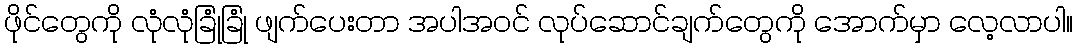
ဖိုင်တွေကို လုံလုံခြုံခြုံ ဖျက်ပေးတာ အပါအဝင် လုပ်ဆောင်ချက်တွေကို အောက်မှာ လေ့လာပါ။